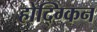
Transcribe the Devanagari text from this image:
होद्ग्किन